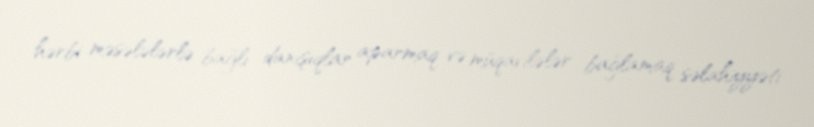
hərbi məsələlərlə bağlı danışıqlar aparmaq və müqavilələr bağlamaq səlahiyyəti